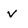
Character: v